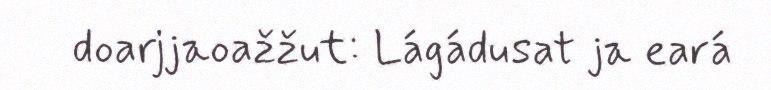
doarjjaoažžut: Lágádusat ja eará